Grant in aid of salaries of teachers, 1917
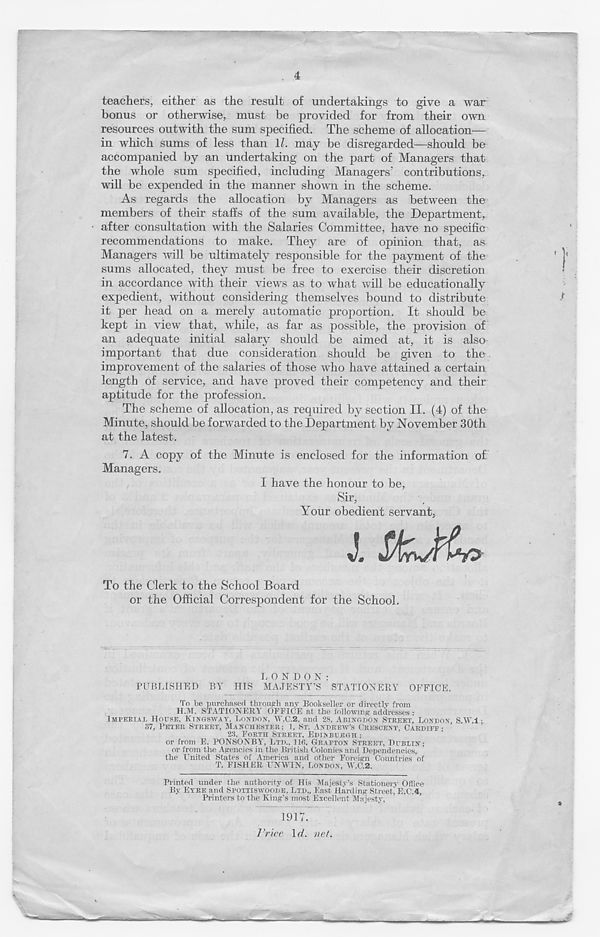
4
teachers, either as the result of undertakings to give a war
bonus or otherwise, must be provided for from their own
resources outwith the sum specified. The scheme of allocation—
in which sums of less than 1Z. may be disregarded—should be
accompanied by an undertaking on the part of Managers that
the whole sum specified, including Managers’ contributions,
will be expended in the manner shown in the scheme.
As regards the allocation by Managers as between the
members of their staffs of the sum available, the Department,
after consultation with the Salaries Committee, have no specific
recommendations to make. They are of opinion that, as
Managers will be ultimately responsible for the payment of the
sums allocated, they must be free to exercise their discretion
in accordance with their views as to what will be educationally
expedient, without considering themselves bound to distribute
it per head on a merely automatic proportion. It should be
kept in view that, while, as far as possible, the provision of
an adequate initial salary should be aimed at, it is also
important that due consideration should be given to the
improvement of the salaries of those who have attained a certain
length of service, and have proved their competency and their
aptitude for the profession.
The scheme of allocation, as required by section II. (4) of the
Minute, should be forwarded to the Department by November 30th
at the latest.
To the Clerk to the School Board
or the Official Correspondent for the School.
LONDON:
PUBLISHED BY HIS MAJESTY’S STATIONERY OFFICE.
To be purchased through any Bookseller or directly from
H.M. STATIONERY OFFICE at the following addresses :
IMPERIAL HOUSE, KINGSWAT, LONDON. W.C.2. and 28, ABINGDON STREET, LONDON SMI
37, PETER STREET, MANCHESTER; 1, ST. ANDREW’S CRESCENT, CARDIFF;
23, FORTH STREET. EDINBURGH;
or from E. PONSONBY, LTD., llfi, GRAFTON STREET, DUBLIN;
or from the Agencies in the British Colonies and Dependencies,
the Hnited States of America and other Foreign Countries of
T. FISHER UNMAN, LONDON, W.C.2.
Printed under the authority of His Majesty’s Stationery Office
By EYRE and SPOTTISWOODE, LTD,, East Harding Street, E.C.A,
Printers to the King’s most Excellent Majesty,
I'r ice \d. net.